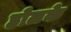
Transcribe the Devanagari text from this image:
होलके